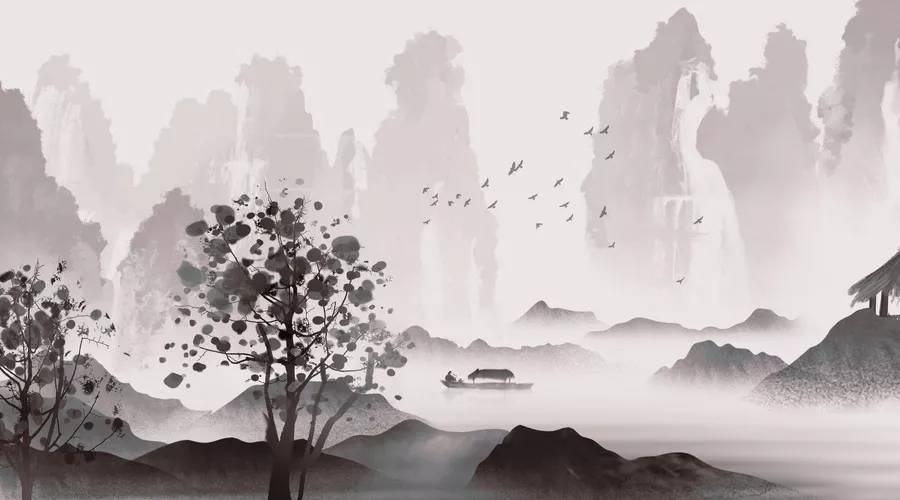
兴亡千古繁华梦，诗眼倦天涯。